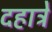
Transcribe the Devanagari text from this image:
दहात्रे